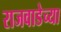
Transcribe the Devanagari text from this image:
राजवाडेच्या